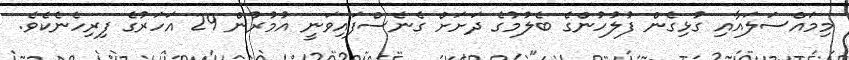
މިމައްސަލައާއި ގުޅިގެން ފުލުހުންގެ ބެލުމުގެ ދަށަށް ގެނެސްފައިވަނީ އުމުރުން 29 އަހަރުގެ ފިރިހެނެކެވެ.